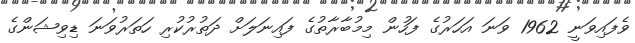
ވެފައިވަނީ 1962 ވަނަ އަހަރުގެ ފަހުން މިމުބާރާތުގެ ފައިނަލަށް ދަތުރުކުރި ހަތަރުވަނަ ޑިވިޝަންގެ